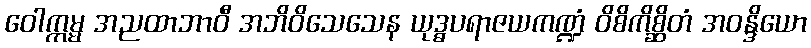
ဝေါက္ကမ္မ အညထာဘာဝီ အဘိဝိသေသေန ယုဒ္ဓပရာဇယကဏ္ဍံ ဝိစိကိစ္ဆိတံ အဝန္ဒိယော